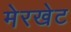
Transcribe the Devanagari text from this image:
मेरखेट